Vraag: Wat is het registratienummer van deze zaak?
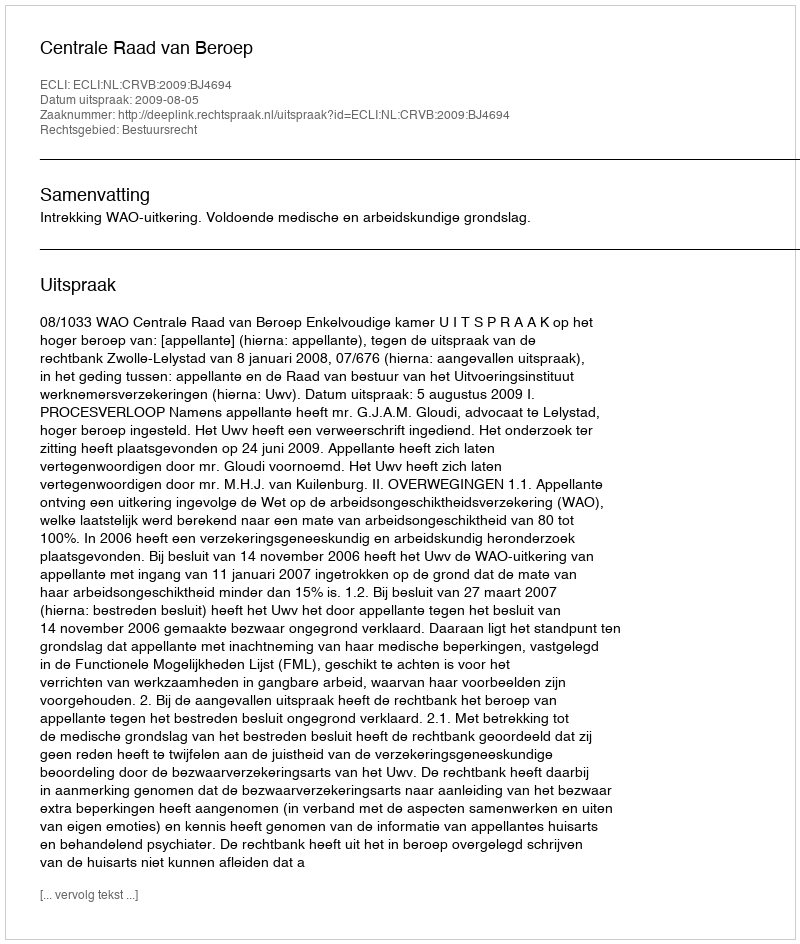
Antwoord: http://deeplink.rechtspraak.nl/uitspraak?id=ECLI:NL:CRVB:2009:BJ4694